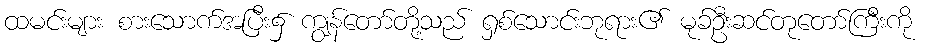
ထမင်းများ စားသောက်အပြီး၌ ကျွန်တော်တို့သည် ရှစ်သောင်းဘုရား၏ မုခ်ဦးဆင်တုတော်ကြီးကို